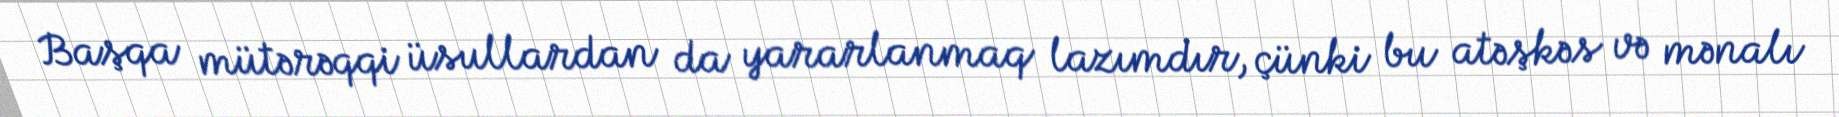
Başqa mütərəqqi üsullardan da yararlanmaq lazımdır, çünki bu atəşkəs və mənalı